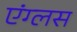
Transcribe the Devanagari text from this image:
एंग्लस